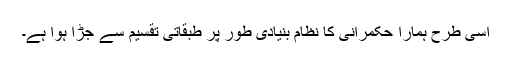
اسی طرح ہمارا حکمرانی کا نظام بنیادی طور پر طبقاتی تقسیم سے جڑا ہوا ہے۔